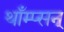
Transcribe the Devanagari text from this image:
थाँम्प्सन्